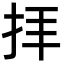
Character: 拝